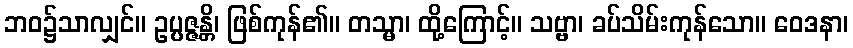
ဘဝ၌သာလျှင်။ ဥပ္ပဇ္ဇန္တိ၊ ဖြစ်ကုန်၏။ တသ္မာ၊ ထို့ကြောင့်။ သဗ္ဗာ၊ ခပ်သိမ်းကုန်သော။ ဝေဒနာ၊